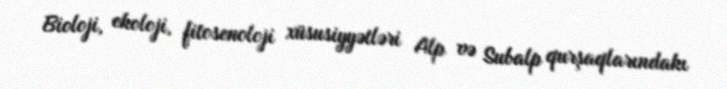
Bioloji, ekoloji, fitosenoloji xüsusiyyətləri Alp və Subalp qurşaqlarındakı